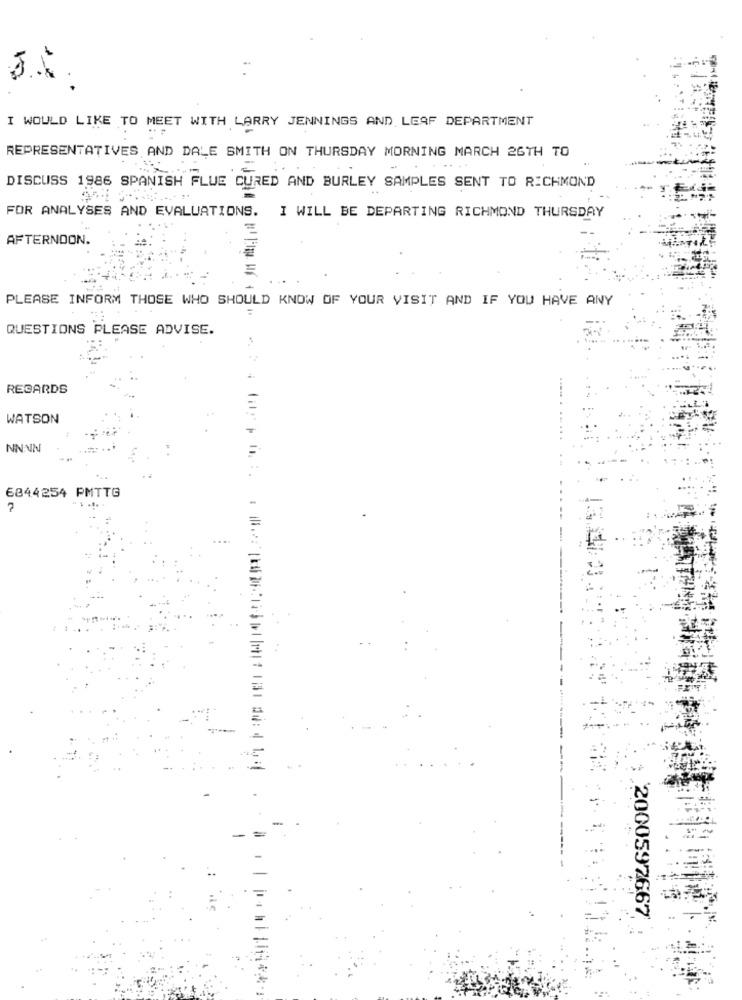
I WOULD LIKE TO MEET WITH LARRY JENNINGS AND LEAF DEPARTMENT
REPRESENTATIVES AND DALE SMITH ON THURSDAY MORNING MARCH 26TH TO
DISCUSS 1986 SPANISH FLUE CURED AND BURLEY SAMPLES SENT TO RICHMOND
FOR ANALYSES AND EVALUATIONS. I WILL BE DEPARTING RICHMOND THURSDAY
AFTERNOON.
PLEASE INFORM THOSE WHO SHOULD KNOW OF YOUR VISIT AND IF YOU HAVE ANY
QUESTIONS PLEASE ADVISE.
REGARDS
WATSON
NNNN
6844254 PMTTG
....
2000592667